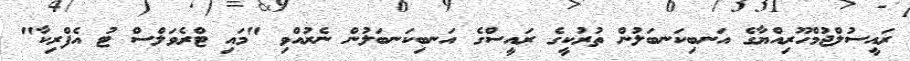
ރައީސުލްޖުމްހޫރިއްޔާގެ އަނބިކަނބަލުން ތުރުކީގެ ރައީސްގެ އަނބިކަނބަލުން ނެރުއްވި "މައި ޓްރެވަލްސް ޓު އެފްރިކާ"